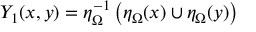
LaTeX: Y _ { 1 } ( x , y ) = \eta _ { \Omega } ^ { - 1 } \left( \eta _ { \Omega } ( x ) \cup \eta _ { \Omega } ( y ) \right)